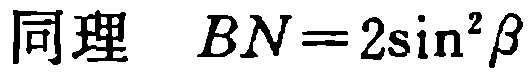
同理 \(BN = 2\sin^{2}\beta\)